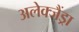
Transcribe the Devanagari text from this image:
अलेक्जैंड्रा